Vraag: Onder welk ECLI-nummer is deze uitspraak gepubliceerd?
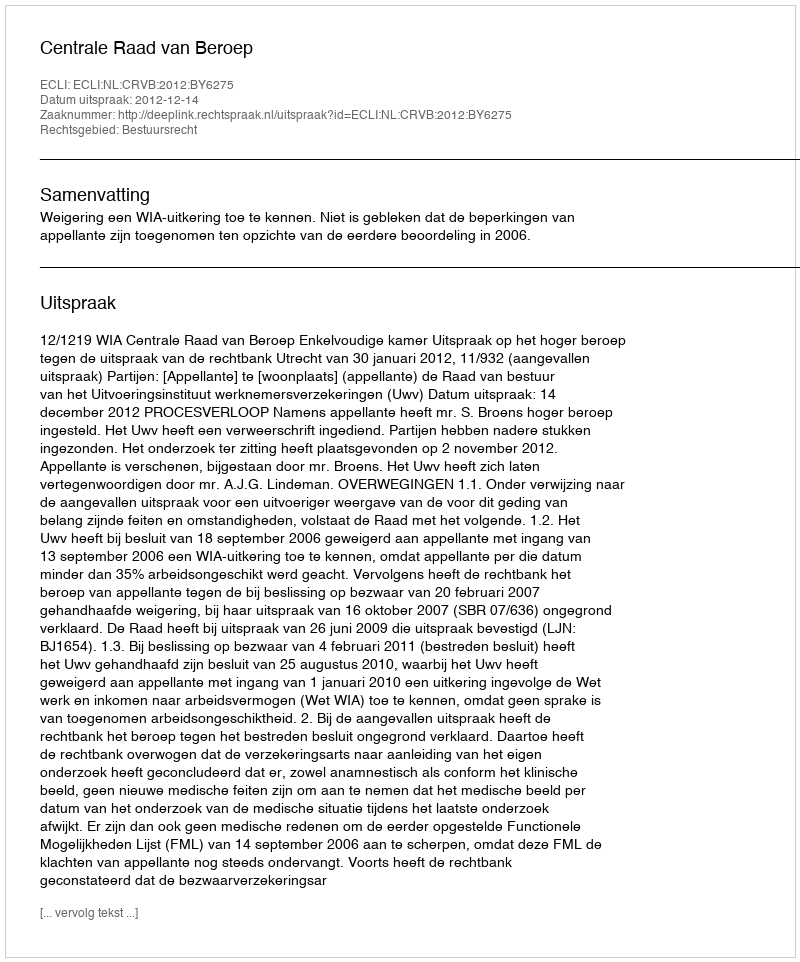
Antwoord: ECLI:NL:CRVB:2012:BY6275